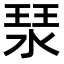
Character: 𤦗